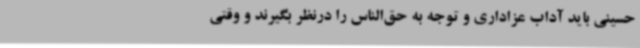
حسینی باید آداب عزاداری و توجه به حق‌الناس را درنظر بگیرند و وقتی